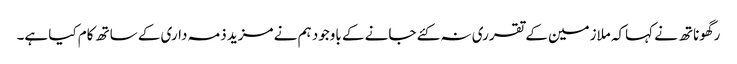
رگھوناتھ نے کہاکہ ملازمین کے تقرری نہ کئے جانے کے باوجود ہم نے مزید ذمہ داری کے ساتھ کام کیا ہے۔